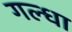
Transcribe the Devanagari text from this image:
गल्धा